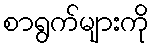
စာရွက်များကို